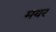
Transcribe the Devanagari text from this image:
मयर